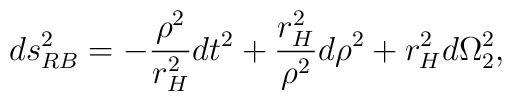
ds_{RB}^2= -\frac{\rho^2}{r_H^2}dt^2+\frac{r_H^2}{\rho^2}d\rho^2+r_H^2d\Omega_2^2,